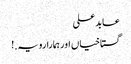
عابدعلی
گستاخیاں اور ہمارا رویہ.!